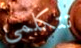
تتكلمي